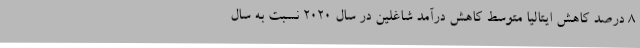
8 درصد کاهش ایتالیا متوسط کاهش درآمد شاغلین در سال 2020 نسبت به سال